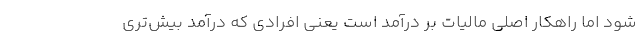
شود اما راهکار اصلی مالیات بر درآمد است یعنی افرادی که درآمد بیش‌تری